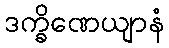
ဒက္ခိဏေယျာနံ